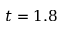
t = 1 . 8